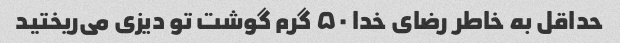
حداقل به خاطر رضای خدا ۵۰ گرم گوشت تو دیزی می‌ریختید